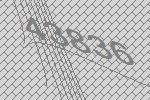
43836